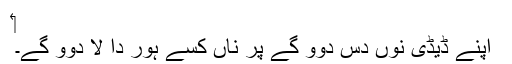
‏
اپنے ڈیڈی نُوں دس دوو گے پر ناں کسے ہور دا لا دوو گے۔